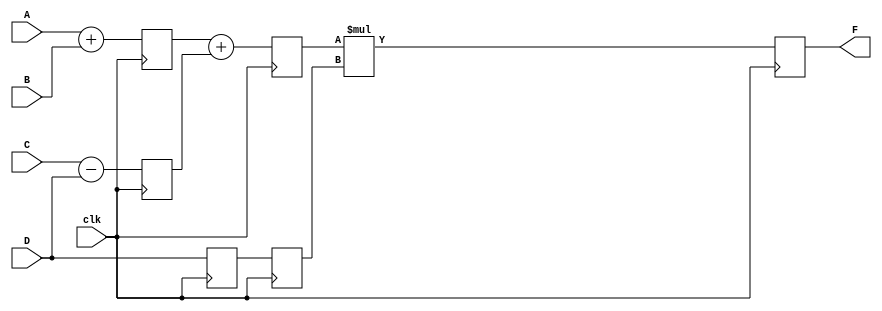
module pipeline_ex #(parameter N=10) (
	input [N-1:0] A, B, C, D,
	input clk,
	output [N-1:0] F);
	
	reg [N-1:0] L12_x1, L12_x2, L12_D, L23_x3, L23_D, L34_F;
	
	always@(posedge clk) begin
		L12_x1 <= #4 A+B;	//check interassignment delay
		L12_x2 <= #4 C-D;
		L12_D <= D;
	end
	
	always@(posedge clk) begin
		L23_x3 <= #4 L12_x1 + L12_x2;
		L23_D <= L12_D;
	end
	
	always@(posedge clk) begin
		L34_F <= #6 L23_x3 * L23_D;
	end
	
	assign F = L34_F;

endmodule